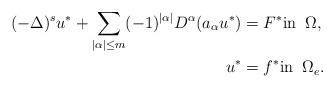
LaTeX: \begin{align*}(-\Delta)^s u^* + \sum_{|\alpha|\leq m} (-1)^{|\alpha|} D^\alpha (a_\alpha u^*) & = F^* \mbox{in} \;\;\Omega, \\u^* & = f^* \mbox{in} \;\;\Omega_e .\end{align*}